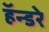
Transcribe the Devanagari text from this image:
हॅन्डरे